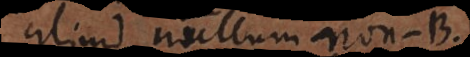
aliud nullum non‐B:).